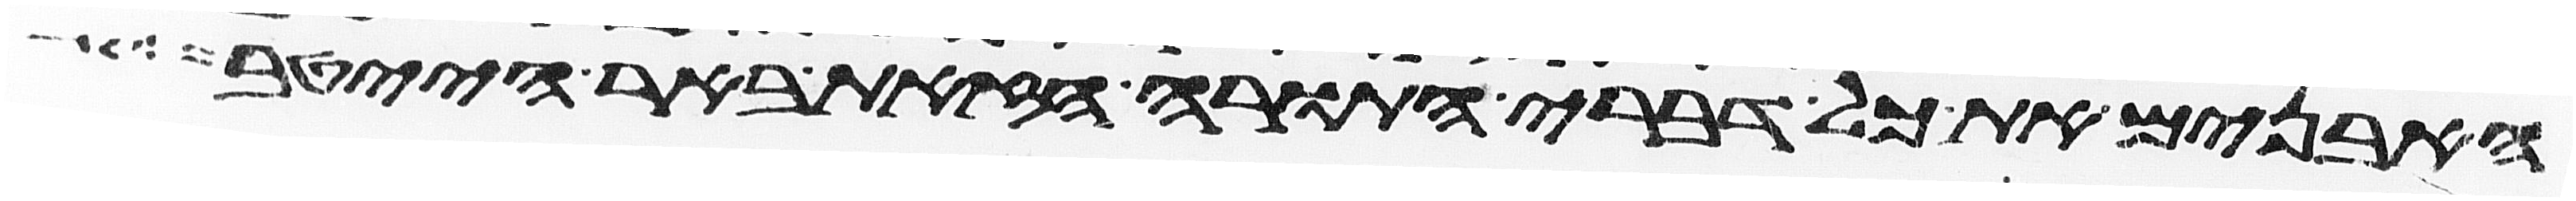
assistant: האבנים את כל דברי התורה הזאת באר הייטב